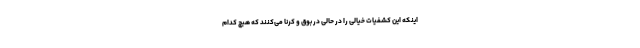
اینکه این کشفیات خیالی را در حالی در بوق و کرنا می‌کنند که هیچ کدام